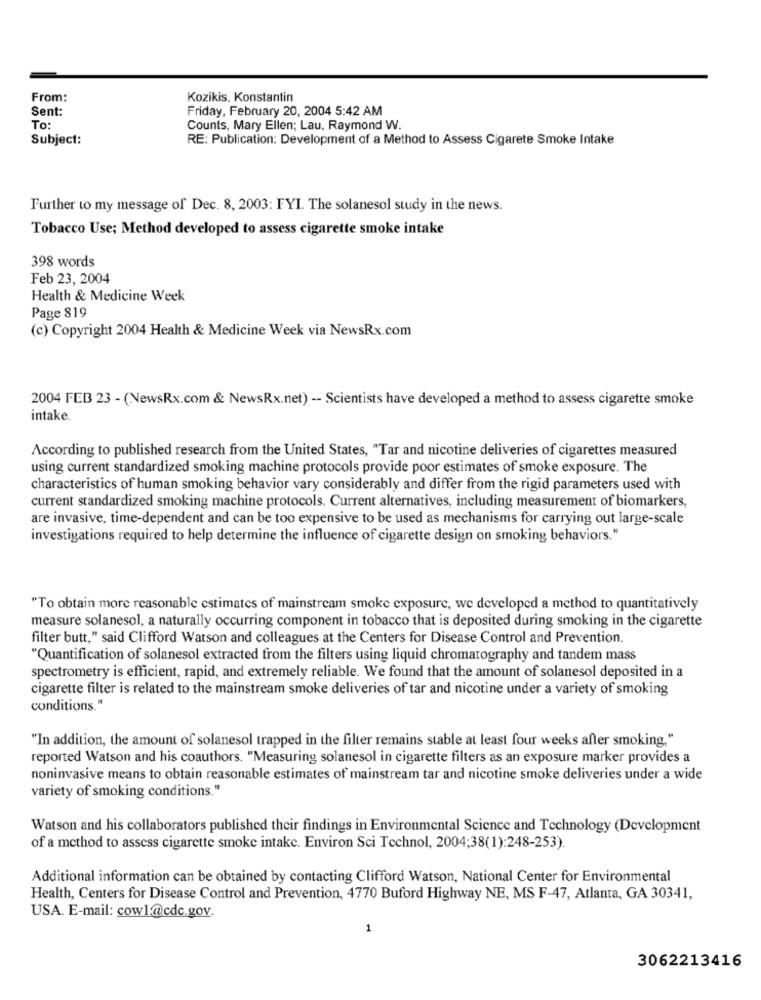
From:
Kozikis, Konstantin
Sent:
Friday, February 20, 2004 5:42 AM
To:
Counts, Mary Ellen; Lau, Raymond W.
Subject:
RE: Publication: Development of a Method to Assess Cigarete Smoke Intake
Further to my message of Dec. 8, 2003: FYI. The solanesol study in the news.
Tobacco Use; Method developed to assess cigarette smoke intake
398 words
Feb 23, 2004
Health & Medicine Week
Page 819
(c) Copyright 2004 Health & Medicine Week via NewsRx.com
2004 FEB 23 - (NewsRx.com & NewsRx.net) -- Scientists have developed a method to assess cigarette smoke
intake.
According to published research from the United States, "Tar and nicotine deliveries of cigarettes measured
using current standardized smoking machine protocols provide poor estimates of smoke exposure. The
characteristics of human smoking behavior vary considerably and differ from the rigid parameters used with
current standardized smoking machine protocols. Current alternatives, including measurement of biomarkers,
are invasive, time-dependent and can be too expensive to be used as mechanisms for carrying out large-scale
investigations required to help determine the influence of cigarette design on smoking behaviors."
"To obtain more reasonable estimates of mainstream smoke exposure, we developed a method to quantitatively
measure solanesol, a naturally occurring component in tobacco that is deposited during smoking in the cigarette
filter butt," said Clifford Watson and colleagues at the Centers for Disease Control and Prevention.
"Quantification of solanesol extracted from the filters using liquid chromatography and tandem mass
spectrometry is efficient, rapid, and extremely reliable. We found that the amount of solanesol deposited in a
cigarette filter is related to the mainstream smoke deliveries of tar and nicotine under a variety of smoking
conditions."
"In addition, the amount of solanesol trapped in the filter remains stable at least four weeks after smoking."
reported Watson and his coauthors. "Measuring solanesol in cigarette filters as an exposure marker provides a
noninvasive means to obtain reasonable estimates of mainstream tar and nicotine smoke deliveries under a wide
variety of smoking conditions."
Watson and his collaborators published their findings in Environmental Science and Technology (Development
of a method to assess cigarette smoke intake. Environ Sci Technol, 2004;38(1):248-253).
Additional information can be obtained by contacting Clifford Watson, National Center for Environmental
Health, Centers for Disease Control and Prevention, 4770 Buford Highway NE, MS F-47, Atlanta, GA 30341,
USA. E-mail: cowl@cdc.gov.
1
3062213416